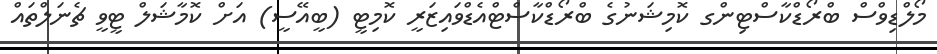
މޯލްޑިވްސް ބްރޯޑްކާސްޓިންގ ކޮމިޝަނުގެ ބްރޯޑްކާސްޓްއެޑްވައިޒަރީ ކޮމިޓީ (ބީއޭސީ) އަށް ކޮމާޝަލް ޓީވީ ޗެނަލްތައް